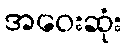
အဝေးဆုံး